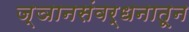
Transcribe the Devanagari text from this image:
ज्ञानसंवर्धनातून